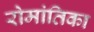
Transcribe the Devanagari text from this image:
रोमांतिका